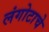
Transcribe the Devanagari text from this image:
लंगोटाचे